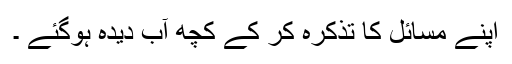
اپنے مسائل کا تذکرہ کر کے کچھ آب دیدہ ہوگئے ۔